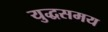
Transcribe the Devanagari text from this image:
युद्धसमय